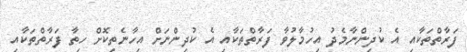
ފަރާތްތަކާއި އެ ކުދިންނާމެދު އިހުމާލުވާ ފަރާތްތަކާއި އެ ކުދިންނަށް އިހާނެތިކޮށް ހިތާ ފަރާތްތަކާއި